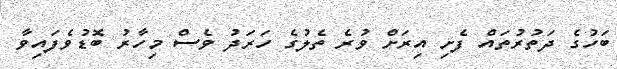
ބަހުގެ ދަތުރުތައް ފެށި އިރަށް ވުރެ ތެލުގެ ހަރަދު ވެސް މިހާރު ބޮޑުވެފައިވާ